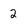
Character: 2